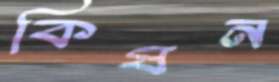
কিষন